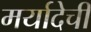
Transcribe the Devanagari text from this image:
मर्यादेची